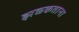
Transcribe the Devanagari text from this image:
झळकताना